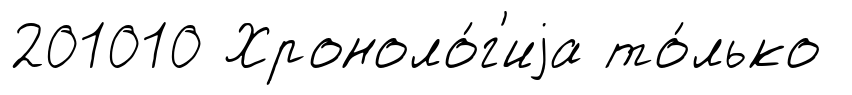
201010 Хроноло́г'иjа то́лько